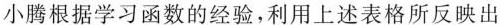
小腾根据学习函数的经验，利用上述表格所反映出